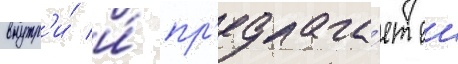
внутр'и́ и́ пр'едлага́ет еи